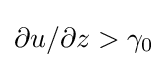
\partial u/\partial z>\gamma _{0}